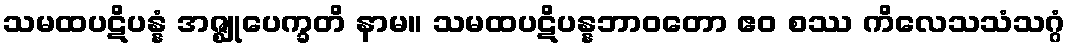
သမထပဋိပန္နံ အဇ္ဈုပေက္ခတိ နာမ။ သမထပဋိပန္နဘာဝတော ဧဝ စဿ ကိလေသသံသဂ္ဂံ